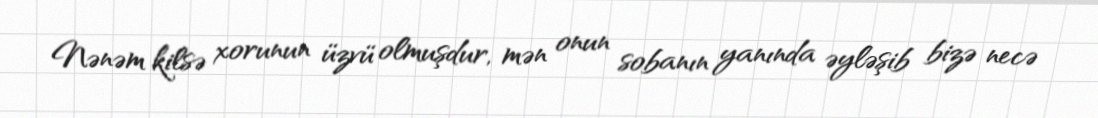
Nənəm kilsə xorunun üzvü olmuşdur, mən onun sobanın yanında əyləşib bizə necə